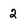
Character: 2